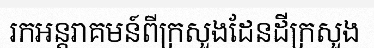
រកអន្តរាគមន៍ពីក្រសួងដែនដីក្រសួង